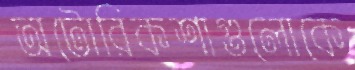
অটোরিকশাগুলোকে